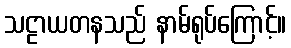
သဠာယတနသည် နာမ်ရုပ်ကြောင့်။